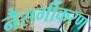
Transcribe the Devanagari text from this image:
नैसर्गीकरण